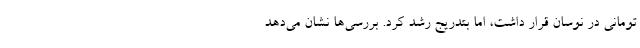
تومانی در نوسان قرار داشت، اما بتدریج رشد کرد. بررسی‌ها نشان می‌دهد